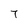
Character: 7